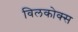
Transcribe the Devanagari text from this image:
विलकोक्स